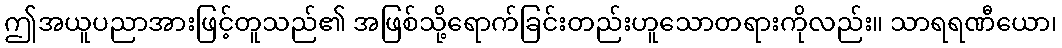
ဤအယူပညာအားဖြင့်တူသည်၏ အဖြစ်သို့ရောက်ခြင်းတည်းဟူသောတရားကိုလည်း။ သာရရဏီယော၊